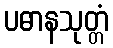
ပဓာနသုတ္တံ